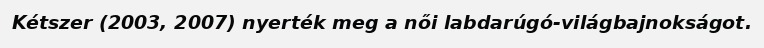
Kétszer (2003, 2007) nyerték meg a női labdarúgó-világbajnokságot.